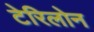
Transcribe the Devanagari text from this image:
टेरिलोन